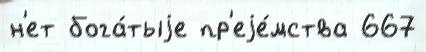
н'ет бога́тыjе пр'еjе́мства 667